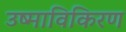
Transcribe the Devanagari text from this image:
उष्माविकिरण